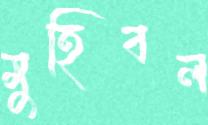
মুহিবল